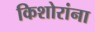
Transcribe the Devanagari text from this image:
किशोरांना